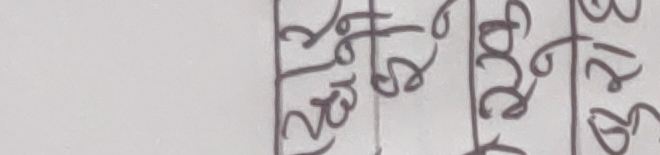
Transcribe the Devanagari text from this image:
२७, ३९, ३२/३३